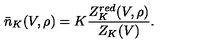
\bar { n } _ { K } ( V , \rho ) = K \frac { Z _ { K } ^ { r e d } ( V , \rho ) } { Z _ { K } ( V ) } .